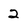
Character: 2